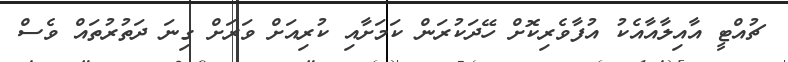
ޗުއްޓީ އާއިލާއާއެކު އުފާވެރިކޮށް ހޭދަކުރަން ކަމަށާއި ކުރިއަށް ވަރަށް ގިނަ ދަތުރުތައް ވެސް